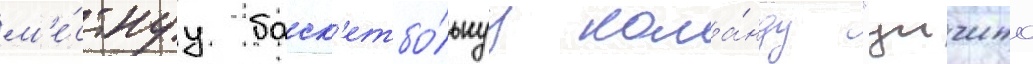
м'е́стнуу баск'етбо́льнуу кома́нду "уичито